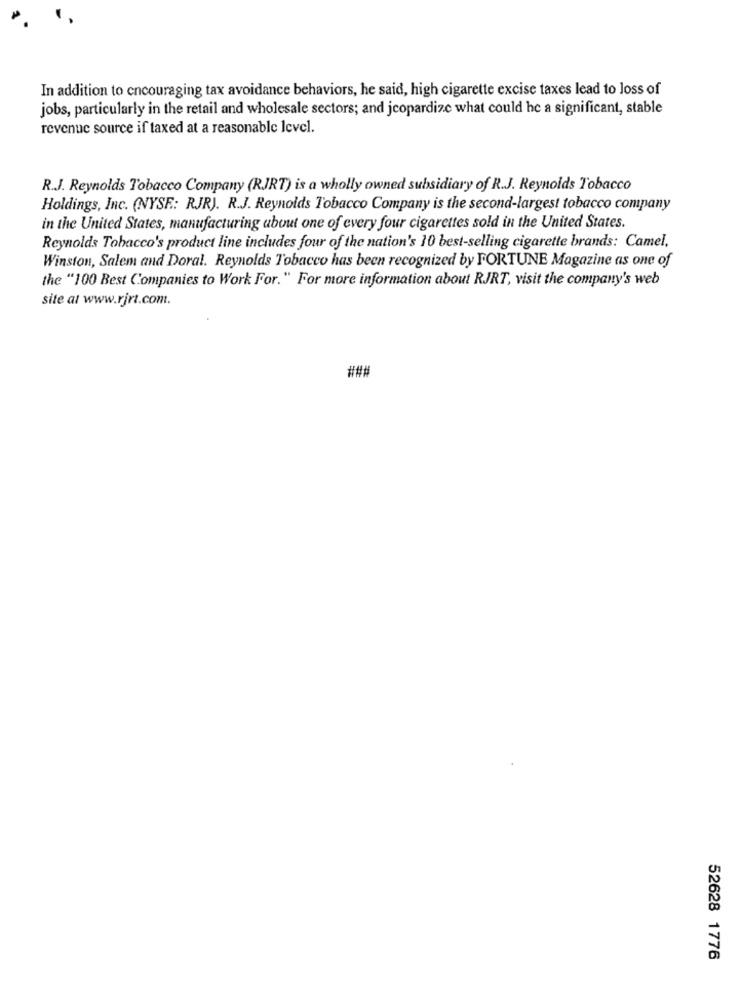
In addition to encouraging tax avoidance behaviors, he said, high cigarette excise taxes lead to loss of
jobs, particularly in the retail and wholesale sectors; and jeopardize what could he a significant, stable
revenue source if taxed at a reasonable level.
R.J. Reynolds Tobacco Company (RJRT) is a wholly owned subsidiary of R.J. Reynolds Tobacco
Holdings, Inc. (NYSE: RJR). R.J. Reynolds Tobacco Company is the second-largest tobacco company
in the United States, manufacturing about one of every four cigarettes sold in the United States.
Reynolds Tobacco's product line includes four of the nation's 10 best-selling cigarette brands: Camel,
Winston, Salem and Doral. Reynolds Tobacco has been recognized by FORTUNE Magazine as one of
the "100 Best Companies to Work For." For more information about RJRT, visit the company's web
site at www.rjrt.com.
###
52628 1776